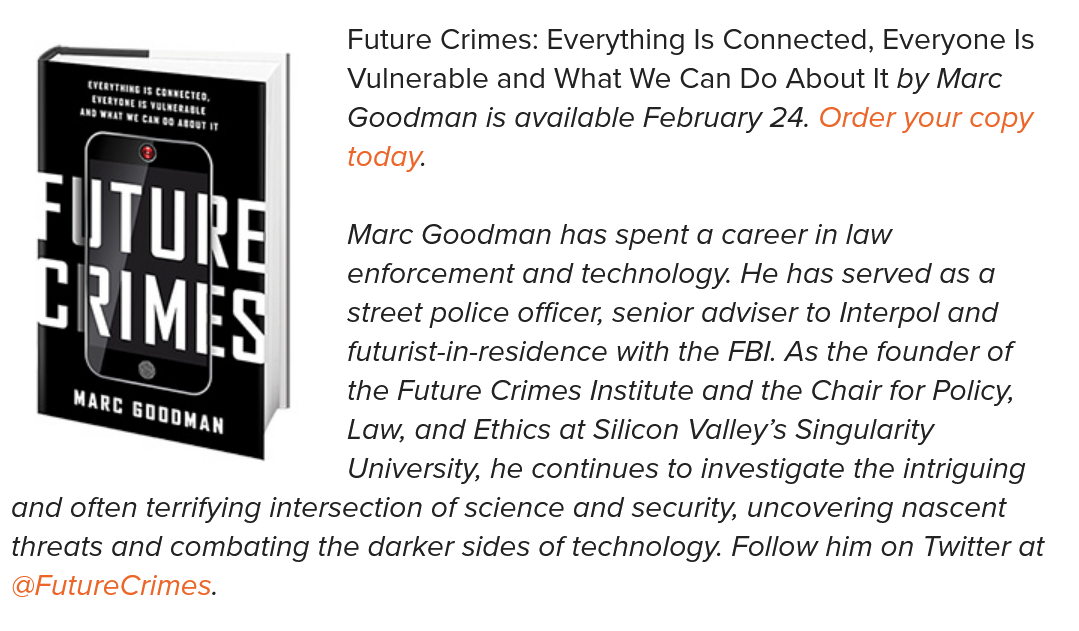
Marc Goodman has   spent a career in law
     enforcement and technology. He has served as a
     street police officer, senior adviser to Interpol and
     futurist-in-residence with the FBI. As the founder of
     the Future Crimes Institute and the Chair for Policy,
     Law, and Ethics at Silicon Valley’s Singularity
     University, he continues to investigate the intriguing
  and often terrifying intersection of science and security, uncovering nascent
  threats and combating the darker sides of technology. Follow him on Twitter at
  @FutureCrimes.
     Future Crimes: Everything Is Connected, Everyone Is
     Vulnerable and What We Can Do About It by Marc
     Goodman is  available February 24. Order your copy
     today.